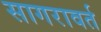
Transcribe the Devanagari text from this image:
सागरावर्त